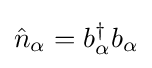
{\hat {n}}_{\alpha }=b_{\alpha }^{\dagger }b_{\alpha }